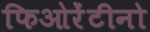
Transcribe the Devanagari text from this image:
फिओरेंटीनो